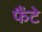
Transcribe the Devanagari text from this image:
फैंटे